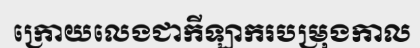
ក្រោយលេងជាកីឡាករបម្រុងកាល